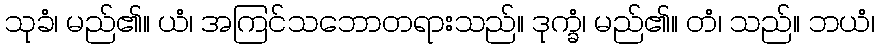
သုခံ၊ မည်၏။ ယံ၊ အကြင်သဘောတရားသည်။ ဒုက္ခံ၊ မည်၏။ တံ၊ သည်။ ဘယံ၊